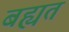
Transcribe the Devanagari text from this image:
बह्यत